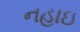
નહાઇ